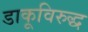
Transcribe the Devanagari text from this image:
डाकूविरुद्ध